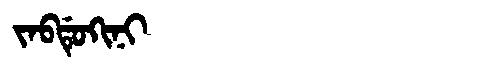
Manchu: ᠵᠠᠪᡩᡠᡴᡳᠨᡳ
Romanization: JABDUKINI